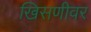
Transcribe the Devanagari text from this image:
खिसणीवर